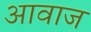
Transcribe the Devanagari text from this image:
अावाज